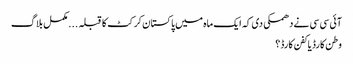
آئی سی سی نے دھمکی دی کہ ایک ماہ میں پاکستان کرکٹ کا قبلہ . . . مکمل بلاگ
وطن کارڈ یا کفن کارڈ؟